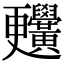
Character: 𪏬